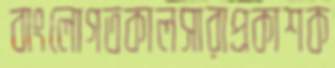
বাংলোগতকালসারাপ্রকাশক